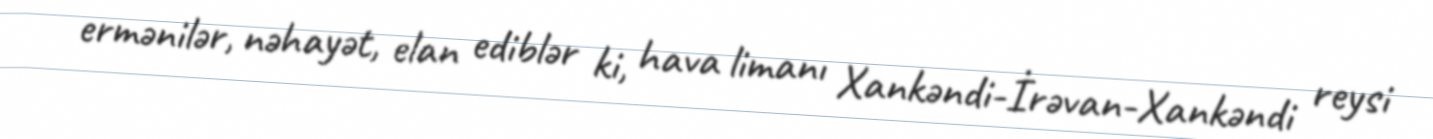
ermənilər, nəhayət, elan ediblər ki, hava limanı Xankəndi-İrəvan-Xankəndi reysi